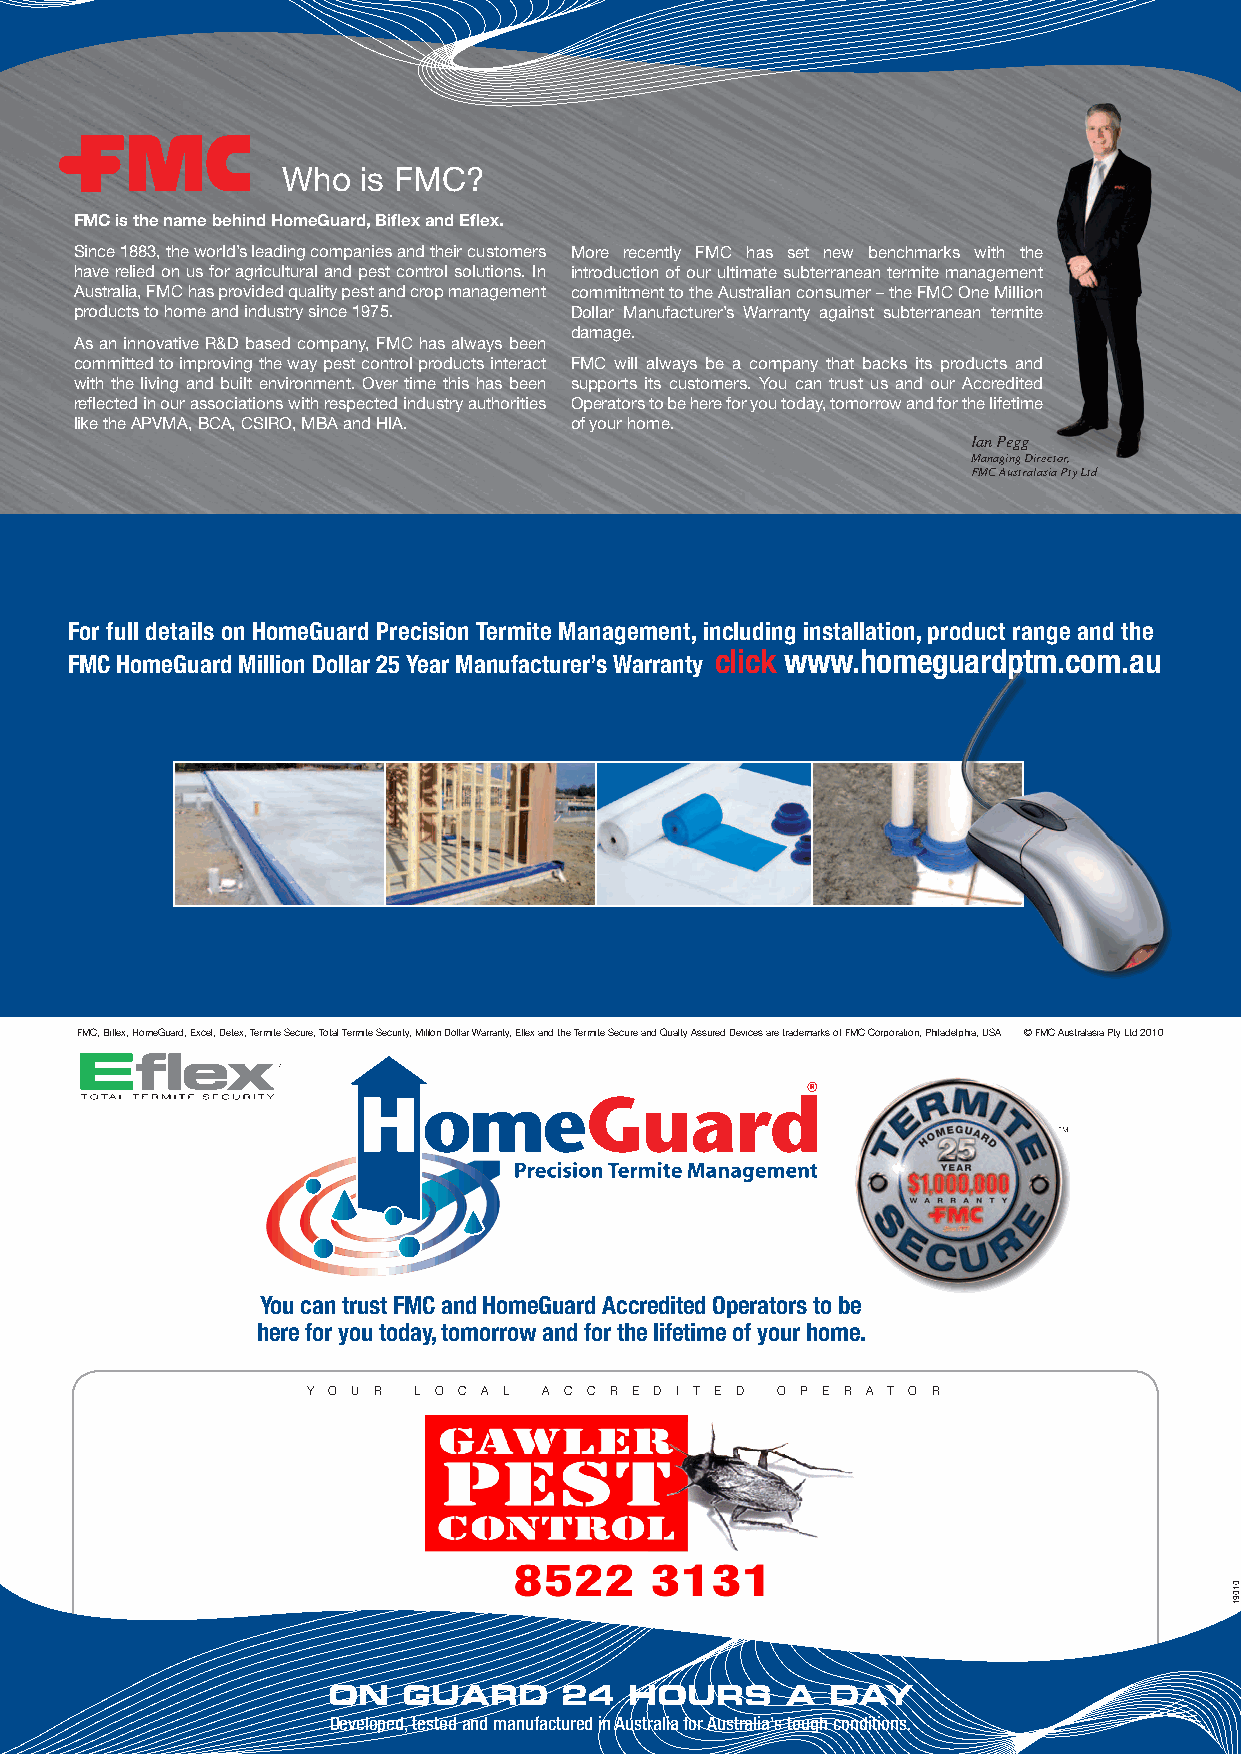
Who  is FMC?
 FMC is the name behind HomeGuard, Biflex and Eflex.
 Since 1883, the world’s leading companies and their customers More recently FMC has set new benchmarks with the
 have relied on us for agricultural and pest control solutions. In introduction of our ultimate subterranean termite management
 Australia, FMC has provided quality pest and crop management commitment to the Australian consumer – the FMC One Million
 products to home and industry since 1975. Dollar Manufacturer’s Warranty against subterranean termite
 damage.
 As an innovative R&D based company, FMC has always been
 committed to improving the way pest control products interact FMC will always be a company that backs its products and
 with the living and built environment. Over time this has been supports its customers. You can trust us and our Accredited
 reflected in our associations with respected industry authorities Operators to be here for you today, tomorrow and for the lifetime
 like the APVMA, BCA, CSIRO, MBA and HIA. of your home.
 Ian Pegg
 Managing Director,
 FMC Australasia Pty Ltd
 For full details on HomeGuard Precision Termite Management, including installation, product range and the
 click www.homeguardptm.com.au
 FMC HomeGuard Million Dollar 25 Year Manufacturer’s Warranty
 FMC, Biflex, HomeGuard, Excel, Detex, Termite Secure, Total Termite Security, Million Dollar Warranty, Eflex and the Termite Secure and Quality Assured Devices are trademarks of FMC Corporation, Philadelphia, USA © FMC Australasia Pty Ltd 2010
 You can trust FMC and HomeGuard Accredited Operators to be
 here for you today, tomorrow and for the lifetime of your home.
 Y O U R L O C A L A C C R E D I T E D O P E R A T O R
 ON   GUARD     24   HOURS     A  DAY
 Developed, tested and manufactured in Australia for Australia’s tough conditions.
 01091